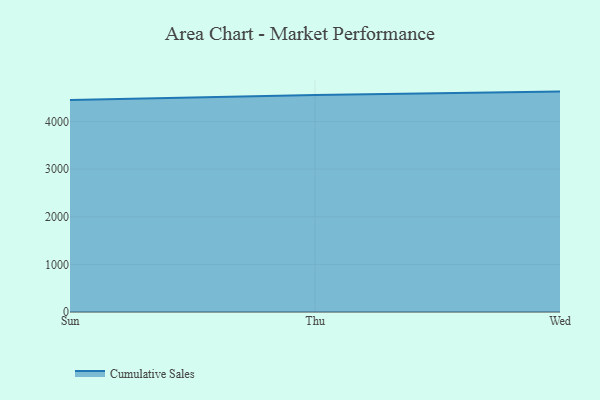
{"axis": {"x": "Day", "y": "Headcount"}, "legend": ["Cumulative Sales"], "data": [{"x": "Sun", "y": 4451.8, "type": "Cumulative Sales"}, {"x": "Thu", "y": 4553.7, "type": "Cumulative Sales"}, {"x": "Wed", "y": 4627.2, "type": "Cumulative Sales"}]}